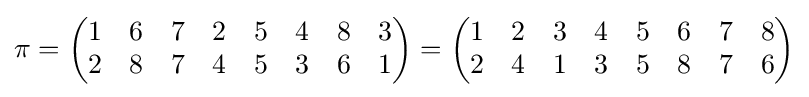
\pi ={\begin{pmatrix}1&6&7&2&5&4&8&3\\2&8&7&4&5&3&6&1\end{pmatrix}}={\begin{pmatrix}1&2&3&4&5&6&7&8\\2&4&1&3&5&8&7&6\end{pmatrix}}